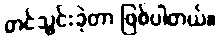
တင်သွင်းခဲ့တာ ဖြစ်ပါတယ်။